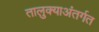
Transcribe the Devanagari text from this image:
तालुक्याअंतर्गत